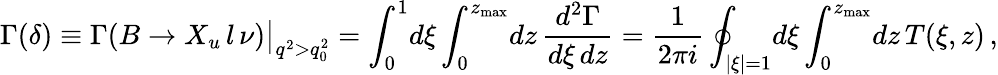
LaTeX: \Gamma(\delta)\equiv\Gamma(B\to X_{u}\, l\, \nu)\big|_{q^{2}>q_{0}^{2}}=\int_{0}^{1}\! d\xi\int_{0}^{z_{\mathrm{max}}}\! dz\, \frac{d^{2}\Gamma}{d\xi\, dz}=\frac{1}{2\pi i}\oint_{|\xi|=1}\! d\xi\int_{0}^{z_{\mathrm{max}}}\! dz\, T(\xi,z)\, ,